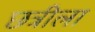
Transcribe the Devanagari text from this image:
छत्रीला